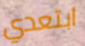
ابتعدي